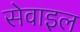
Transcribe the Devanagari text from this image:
सेवाइल